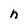
Character: h